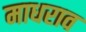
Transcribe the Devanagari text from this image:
माधराव